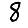
Digit: 8